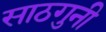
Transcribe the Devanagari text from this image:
साठगुनी